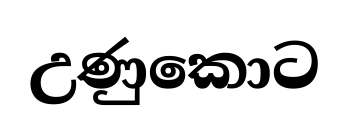
උණුකොට